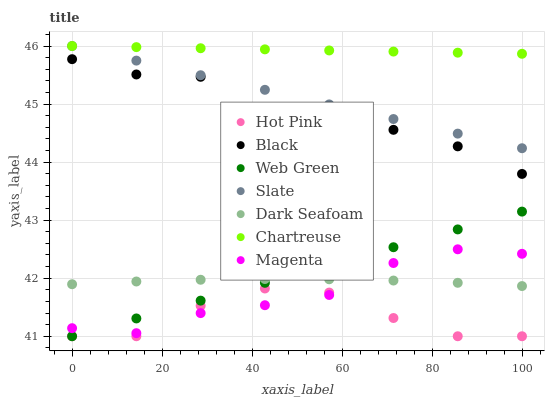
| xaxis_label | Hot Pink | Black | Web Green | Slate | Dark Seafoam | Chartreuse | Magenta |
 | --- | --- | --- | --- | --- | --- | --- | --- |
 | 0 | 41 | 45.8 | 41 | 46 | 41.9 | 46 | 41.1 |
 | 14.3 | 41 | 45.5 | 41.3 | 45.7 | 41.9 | 46 | 41.1 |
 | 28.6 | 41.5 | 45.5 | 41.6 | 45.5 | 42 | 46 | 41.4 |
 | 42.9 | 41.8 | 44.9 | 41.9 | 45.2 | 42 | 45.9 | 41.5 |
 | 57.1 | 41.8 | 44.7 | 42.2 | 45 | 42 | 45.9 | 41.7 |
 | 71.4 | 41.3 | 44.6 | 42.5 | 44.7 | 42 | 45.9 | 42.3 |
 | 85.7 | 41 | 44.3 | 42.8 | 44.5 | 41.9 | 45.9 | 42.5 |
 | 100 | 41 | 43.8 | 43.1 | 44.2 | 41.9 | 45.9 | 42.4 |